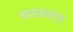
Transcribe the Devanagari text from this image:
ढासळलेले